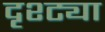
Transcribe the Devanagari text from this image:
दृश्ट्या